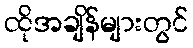
ထိုအချိန်များတွင်